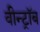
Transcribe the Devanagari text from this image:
वीन्ट्रॉब